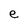
Character: e